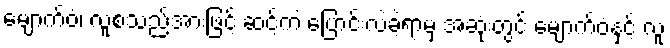
မျောက်ဝံ၊ လူစသည်အားဖြင့် ဆင့်ကဲ ပြောင်းလဲခဲ့ရာမှ အဆုံးတွင် မျောက်ဝံနှင့် လူ